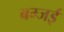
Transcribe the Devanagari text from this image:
बम्जई